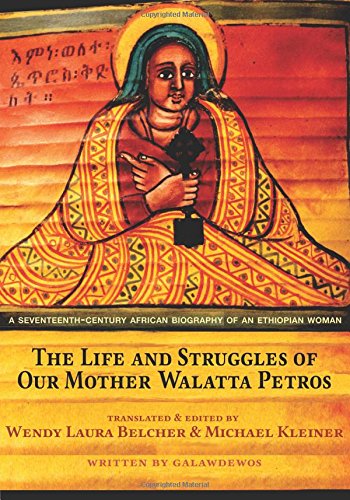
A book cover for The Life and Struggles of Our Mother Walatta Petros: A Seventeenth-Century African Biography of an Ethiopian Woman; Galawdewos; Biographies & Memoirs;